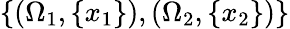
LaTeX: \{ (\Omega_{1},\{ x_{1}\} ),(\Omega_{2},\{ x_{2}\} )\}